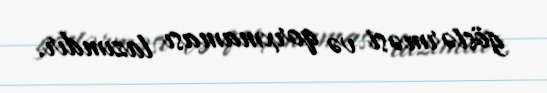
göstərməsi və qorxmaması lazımdır.